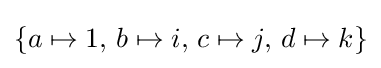
\{a\mapsto 1,\,b\mapsto i,\,c\mapsto j,\,d\mapsto k\}